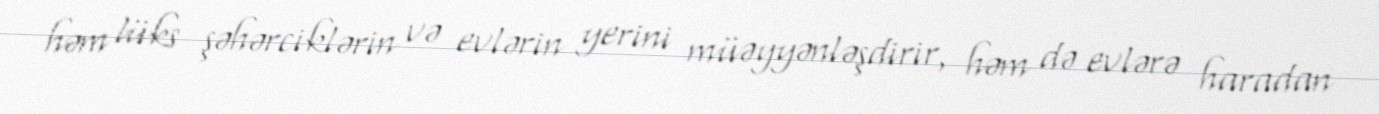
həm lüks şəhərciklərin və evlərin yerini müəyyənləşdirir, həm də evlərə haradan